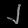
Digit: ၂